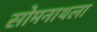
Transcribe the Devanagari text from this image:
सोमनाथला